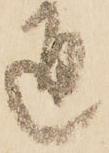
通